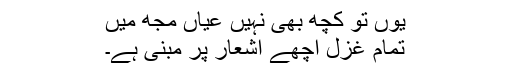
یوں تو کچھ بھی نہیں عیاں مجھ میں
تمام غزل اچھے اشعار پر مبنی ہے۔